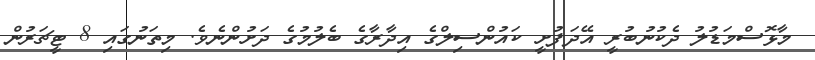
މާޅޮސްމަޑުލު ދެކުނުބުރީ އޭދަފުށީ ކައުންސިލްގެ އިދާރާގެ ބެލުމުގެ ދަށުންނެވެ. މިތަނުގައި 8 ޓީޗަރުން